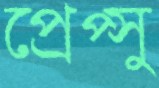
প্রেপ্সু